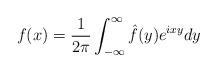
LaTeX: \begin{align*}f(x)=\frac{1}{2\pi }\int_{-\infty }^{\infty }\hat{f}(y)e^{ixy}dy\end{align*}